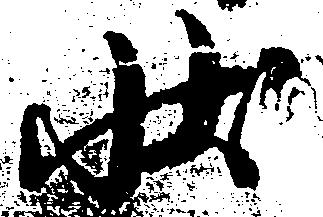
状